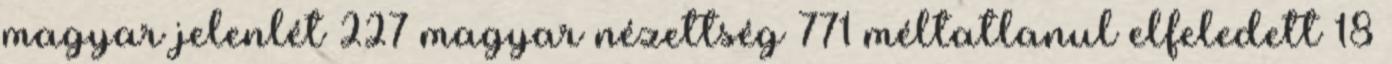
magyar jelenlét 227 magyar nézettség 771 méltatlanul elfeledett 18